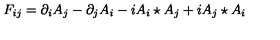
F _ { i j } = \partial _ { i } A _ { j } - \partial _ { j } A _ { i } - i A _ { i } \star A _ { j } + i A _ { j } \star A _ { i }